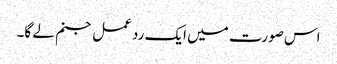
اس صورت میں ایک رد عمل جنم لے گا۔